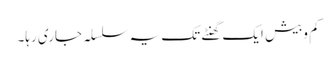
کم وبیش ایک گھنٹے تک یہ سلسلہ جاری رہا۔